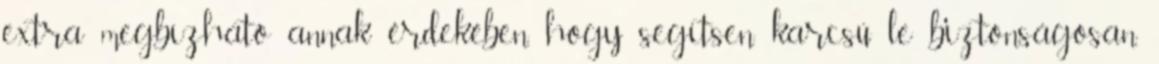
extra megbízható annak érdekében, hogy segítsen karcsú le biztonságosan.